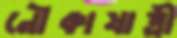
নৌকাযাত্রী